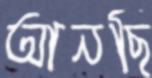
আনছি